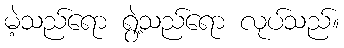
မဲ့သည်ရော ရွဲ့သည်ရော လုပ်သည်။